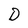
Character: D